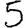
Digit: 5